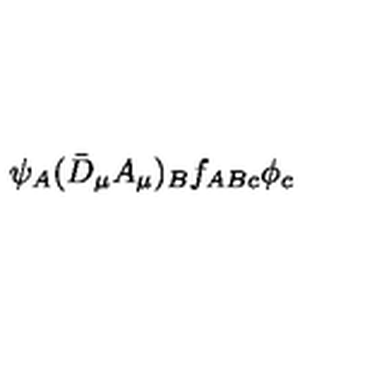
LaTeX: \psi _ { A } ( \bar { D } _ { \mu } A _ { \mu } ) _ { B } f _ { A B c } \phi _ { c }